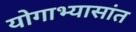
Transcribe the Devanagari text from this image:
योगाभ्यासांत